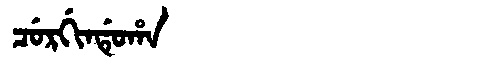
Manchu: ᠴᡠᡵᡤᡳᠨᡩᡠᡥᠠ
Romanization: CURGINDUHA